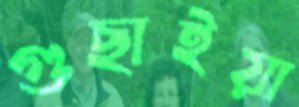
গুছাইয়া